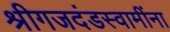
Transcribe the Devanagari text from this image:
श्रीगजदंडस्वामींना